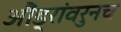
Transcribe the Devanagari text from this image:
औंड्रांवरुनच